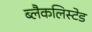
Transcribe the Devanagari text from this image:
ब्लैकलिस्टेड